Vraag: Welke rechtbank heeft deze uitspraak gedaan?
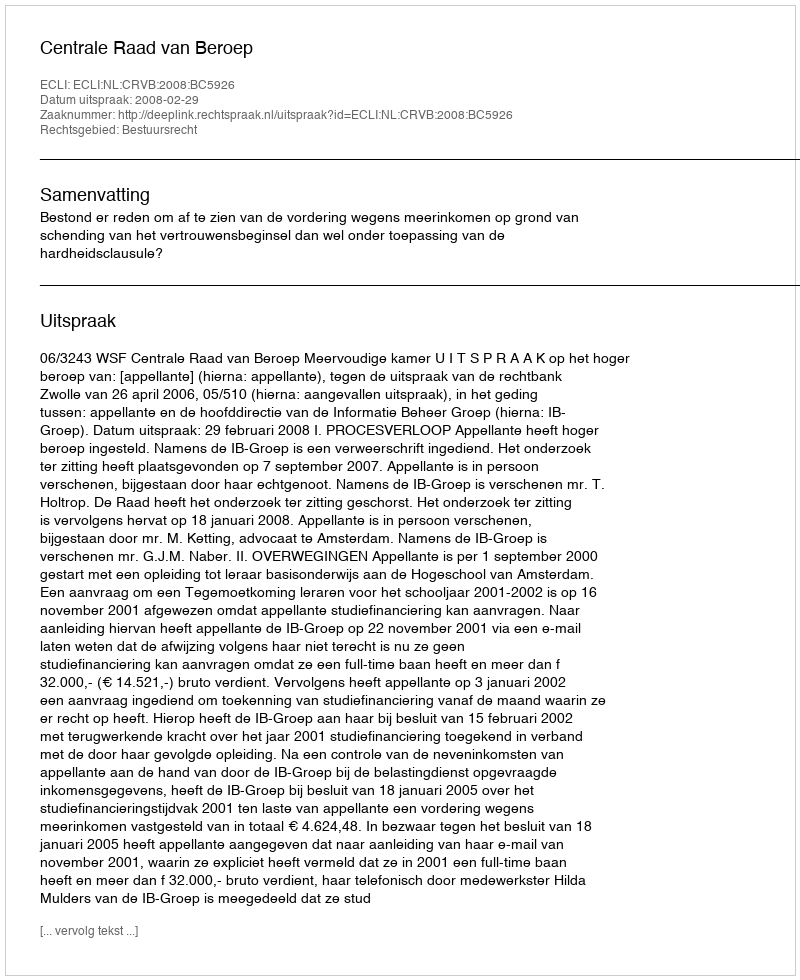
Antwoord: Centrale Raad van Beroep